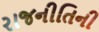
રાજનીતિની